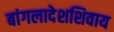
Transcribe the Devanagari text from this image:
बांगलादेशशिवाय